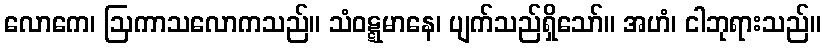
လောကေ၊ ဩကာသလောကသည်။ သံဝဋ္ဋမာနေ၊ ပျက်သည်ရှိသော်။ အဟံ၊ ငါဘုရားသည်။